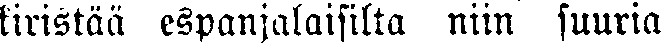
kiristää espanjalaisilta niin suuria